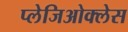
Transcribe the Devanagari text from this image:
प्लेजिओक्लेस